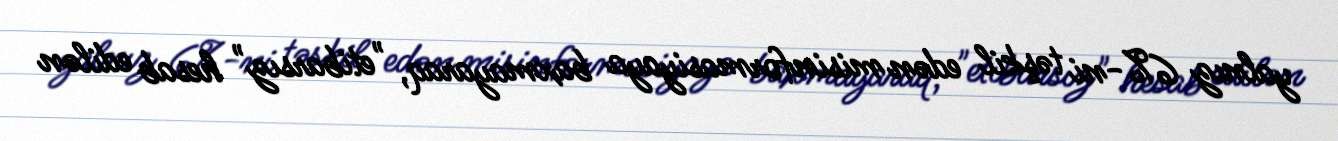
yalnız 6%-ni təşkil edən misinformasiyaya baxmayaraq, "etibarsız" hesab edilən